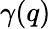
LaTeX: \gamma(q)